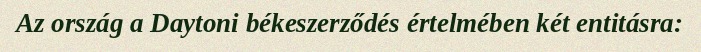
Az ország a Daytoni békeszerződés értelmében két entitásra: